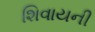
શિવાયની